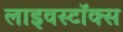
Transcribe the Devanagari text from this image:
लाइवस्टॉक्स